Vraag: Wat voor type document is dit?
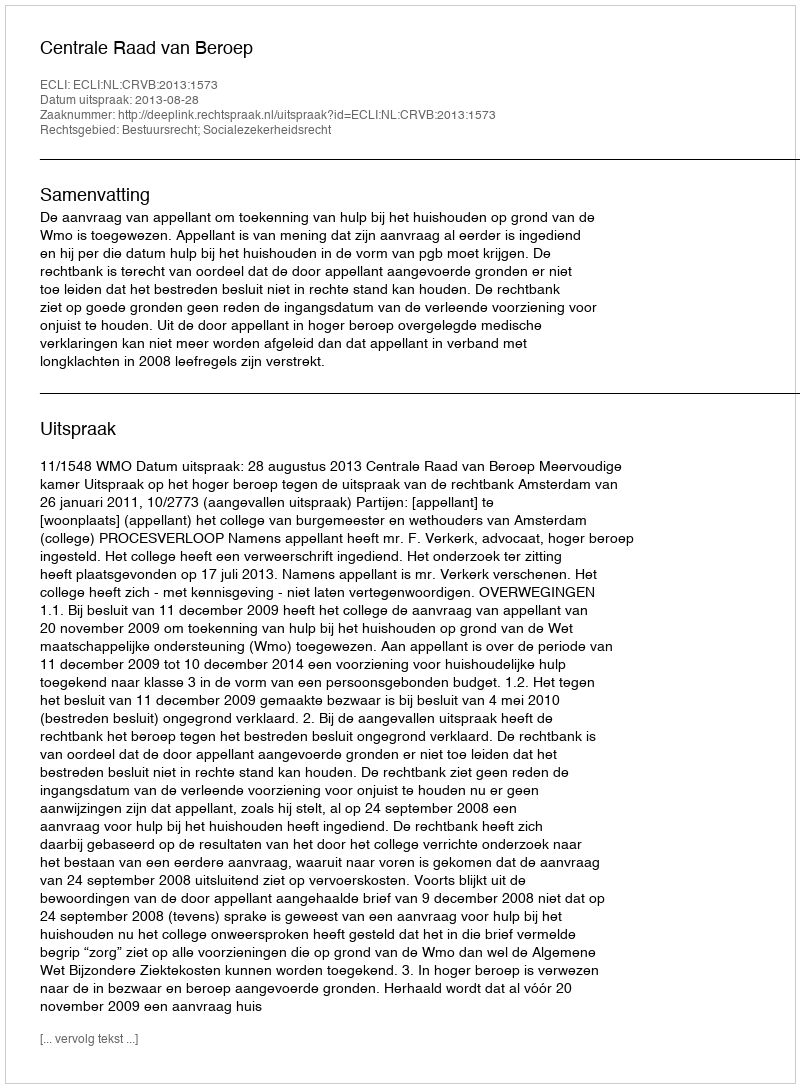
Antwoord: Uitspraak